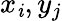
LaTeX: x_{\mathit{i}},y_{j}